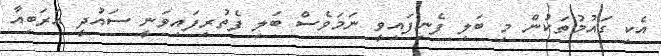
އެކި ގައުމުތަކުން މި ބަލި ފެނިފައިވީ ނަމަވެސް ބަލި ފެތުރިފައިވަނީ ސައުދީ އަރަބިއާ